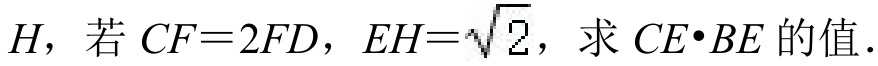
\(H\)，若\(CF = 2FD\)，\(EH=\sqrt{2}\)，求\(CE\cdot BE\)的值．